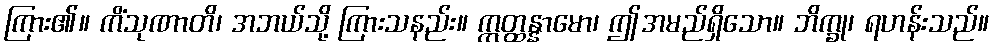
ကြား၏။ ကိံသုဏာတိ၊ အဘယ်သို့ ကြားသနည်း။ ဣတ္ထန္နာမော၊ ဤအမည်ရှိသော။ ဘိက္ခု၊ ရဟန်းသည်။